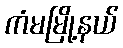
ကံမမြို့နယ်